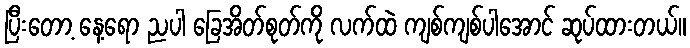
ပြီးတော့ နေ့ရော ညပါ ခြေအိတ်စုတ်ကို လက်ထဲ ကျစ်ကျစ်ပါအောင် ဆုပ်ထားတယ်။